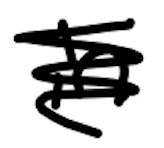
Text: in
Cross-out: scratch
Writing tool: digital_black